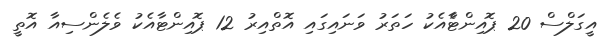
އީގަލްސް 20 ޕޮއިންޓާެއެކު ހަތަރު ވަނައިގައި އޮތްއިރު 12 ޕޮއިންޓާއެކު ވެލެންސިއާ އޮތީ